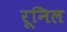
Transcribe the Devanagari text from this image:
रूनिल